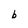
Character: b